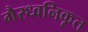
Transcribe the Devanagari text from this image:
गैरध्वनिकृत